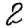
Digit: 2